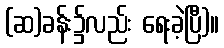
(ဆ)ခန်း၌လည်း ရေးခဲ့ပြီ)။